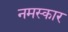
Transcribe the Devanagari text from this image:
नमस्कार